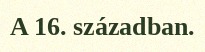
A 16. században.